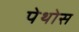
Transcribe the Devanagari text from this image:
पेथोस